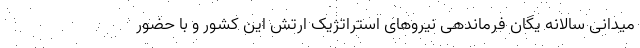
میدانی سالانه یگان فرماندهی نیروهای استراتژیک ارتش این کشور و با حضور